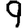
Digit: 9